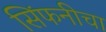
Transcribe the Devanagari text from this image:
सिंफनीचा